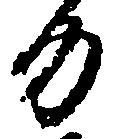
力